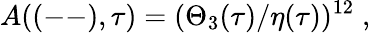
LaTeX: A((--),\tau)=(\Theta_{3}(\tau)/\eta(\tau))^{12}\; ,